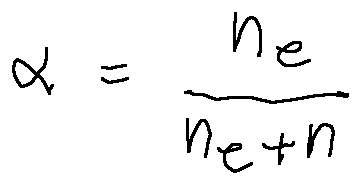
\alpha = \frac { n _ { e } } { n _ { e } + n _ { n } }